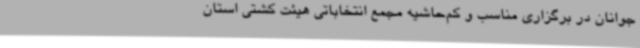
جوانان در برگزاری مناسب و کم‌حاشیه مجمع انتخاباتی هیئت کشتی استان